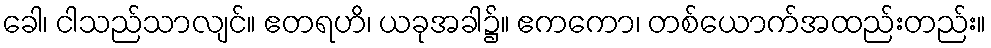
ခေါ၊ ငါသည်သာလျင်။ ဧတရဟိ၊ ယခုအခါ၌။ ဧကကော၊ တစ်ယောက်အထည်းတည်း။